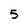
Character: 5